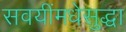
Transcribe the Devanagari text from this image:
सवयींमधेसुद्धा